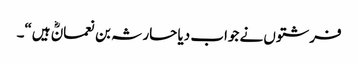
فرشتوں نے جواب دیا حارثہ بن نعمانؓ ہیں“۔